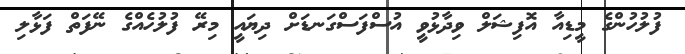
ފުލުހުންގެ މީޑިއާ އޮފިޝަލް ވިދާޅުވީ އުސްފަސްގަނޑަށް ދިޔައީ މިރޭ ފުލުހެއްގެ ނޭފަތް ފަޅާލި